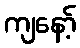
ကျနော့်